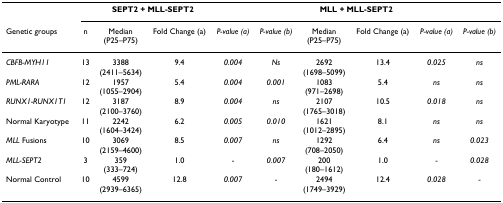
<table><thead><tr><td></td><td></td><td colspan="2"><b>SEPT2 <i>+ </i>MLL-SEPT2</b></td><td></td><td></td><td colspan="2"><b>MLL <i>+ </i>MLL-SEPT2</b></td><td></td><td></td></tr><tr><td><b>Genetic groups</b></td><td><b>n</b></td><td><b>Median(P25–P75)</b></td><td><b>Fold Change (a)</b></td><td><b><i>P-value (a)</i></b></td><td><b><i>P-value (b)</i></b></td><td><b>Median(P25–P75)</b></td><td><b>Fold Change (a)</b></td><td><b><i>P-value (a)</i></b></td><td><b><i>P-value (b)</i></b></td></tr></thead><tbody><tr><td><i>CBFB-MYH11</i></td><td>13</td><td>3388(2411–5634)</td><td>9.4</td><td><i>0.004</i></td><td><i>Ns</i></td><td>2692(1698–5099)</td><td>13.4</td><td><i>0.025</i></td><td><i>ns</i></td></tr><tr><td><i>PML-RARA</i></td><td>12</td><td>1957(1055–2904)</td><td>5.4</td><td><i>0.004</i></td><td><i>0.001</i></td><td>1083(971–2698)</td><td>5.4</td><td><i>ns</i></td><td><i>ns</i></td></tr><tr><td><i>RUNX1-RUNX1T1</i></td><td>12</td><td>3187(2100–3760)</td><td>8.9</td><td><i>0.004</i></td><td><i>ns</i></td><td>2107(1765–3018)</td><td>10.5</td><td><i>0.018</i></td><td><i>ns</i></td></tr><tr><td>Normal Karyotype</td><td>11</td><td>2242(1604–3424)</td><td>6.2</td><td><i>0.005</i></td><td><i>0.010</i></td><td>1621(1012–2895)</td><td>8.1</td><td><i>ns</i></td><td><i>ns</i></td></tr><tr><td><i>MLL </i>Fusions</td><td>10</td><td>3069(2159–4600)</td><td>8.5</td><td><i>0.007</i></td><td><i>ns</i></td><td>1292(708–2050)</td><td>6.4</td><td><i>ns</i></td><td><i>0.023</i></td></tr><tr><td><i>MLL-SEPT2</i></td><td>3</td><td>359(333–724)</td><td>1.0</td><td><i>-</i></td><td><i>0.007</i></td><td>200(180–1612)</td><td>1.0</td><td><i>-</i></td><td><i>0.028</i></td></tr><tr><td>Normal Control</td><td>10</td><td>4599(2939–6365)</td><td>12.8</td><td><i>0.007</i></td><td><i>-</i></td><td>2494(1749–3929)</td><td>12.4</td><td><i>0.028</i></td><td><i>-</i></td></tr></tbody></table>